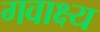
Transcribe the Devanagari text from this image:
गवाक्ष्य